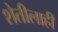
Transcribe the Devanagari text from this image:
शेतीलाही